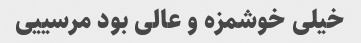
خیلی خوشمزه و عالی بود مرسییی